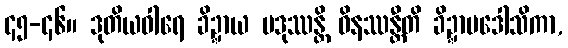
၄၅-၄၆။ ဒုတိယဝါရေ ခိဍ္ဍာယ ပဒုဿန္တိ ဝိနဿန္တီတိ ခိဍ္ဍာပဒေါသိကာ,